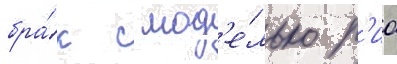
бра́к с мод'е́лью р'иа